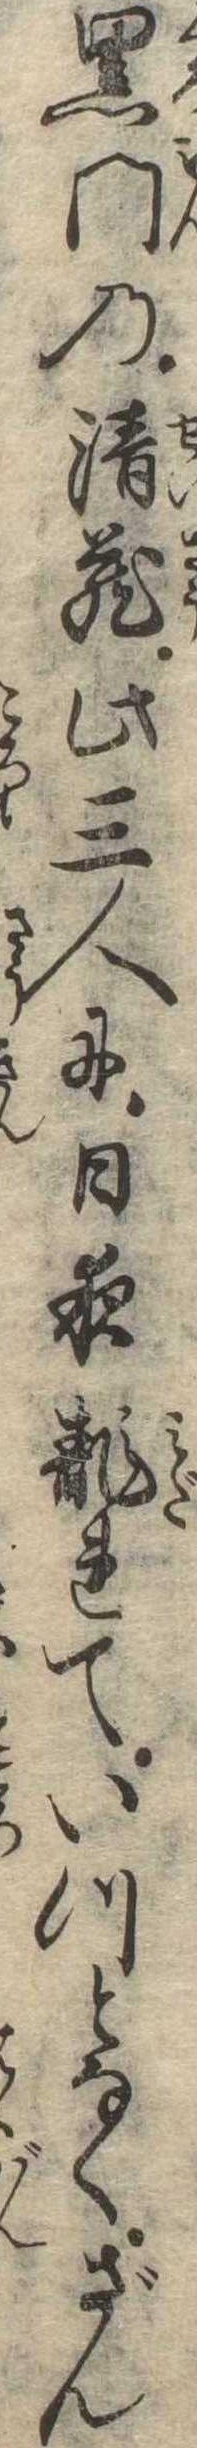
黒門の清蔵此三人に日夜乱れていつとなくざん